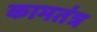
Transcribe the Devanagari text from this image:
कामतंत्र